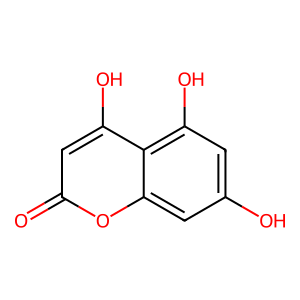
SMILES: O=c1cc(O)c2c(O)cc(O)cc2o1
Inhibits HIV replication: No